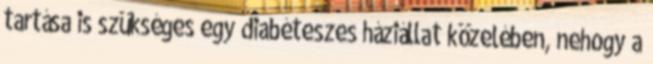
tartása is szükséges egy diabéteszes háziállat közelében, nehogy a